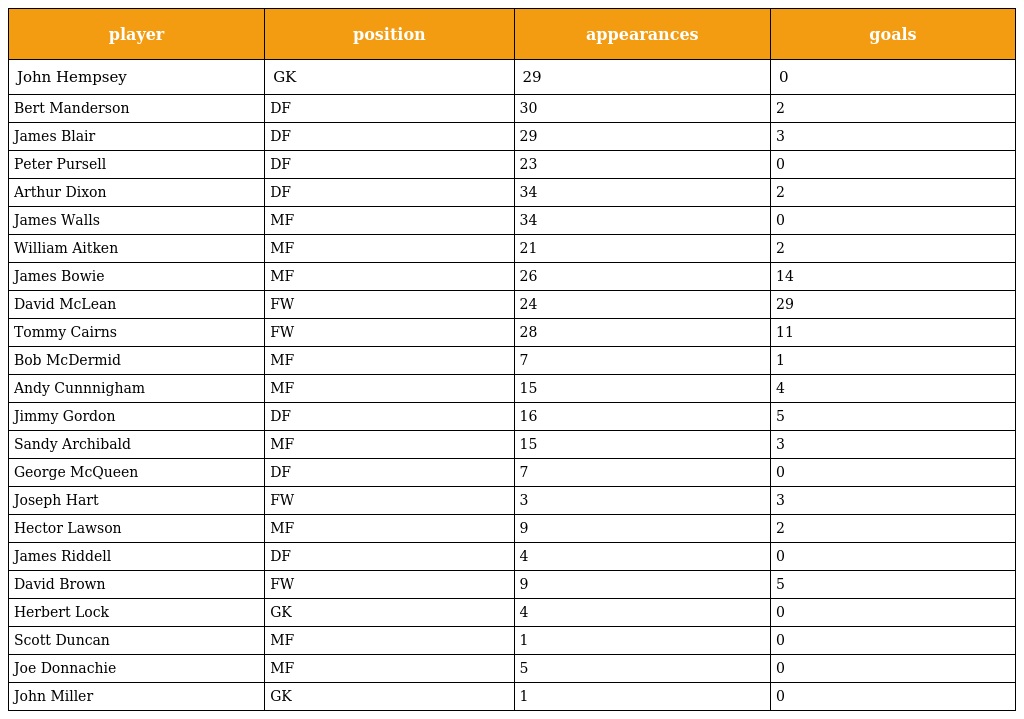
| player | position | appearances | goals |
 | --- | --- | --- | --- |
 | John Hempsey | GK | 29 | 0 |
 | Bert Manderson | DF | 30 | 2 |
 | James Blair | DF | 29 | 3 |
 | Peter Pursell | DF | 23 | 0 |
 | Arthur Dixon | DF | 34 | 2 |
 | James Walls | MF | 34 | 0 |
 | William Aitken | MF | 21 | 2 |
 | James Bowie | MF | 26 | 14 |
 | David McLean | FW | 24 | 29 |
 | Tommy Cairns | FW | 28 | 11 |
 | Bob McDermid | MF | 7 | 1 |
 | Andy Cunnnigham | MF | 15 | 4 |
 | Jimmy Gordon | DF | 16 | 5 |
 | Sandy Archibald | MF | 15 | 3 |
 | George McQueen | DF | 7 | 0 |
 | Joseph Hart | FW | 3 | 3 |
 | Hector Lawson | MF | 9 | 2 |
 | James Riddell | DF | 4 | 0 |
 | David Brown | FW | 9 | 5 |
 | Herbert Lock | GK | 4 | 0 |
 | Scott Duncan | MF | 1 | 0 |
 | Joe Donnachie | MF | 5 | 0 |
 | John Miller | GK | 1 | 0 |